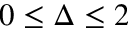
0 \leq \Delta \leq 2